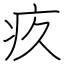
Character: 疚